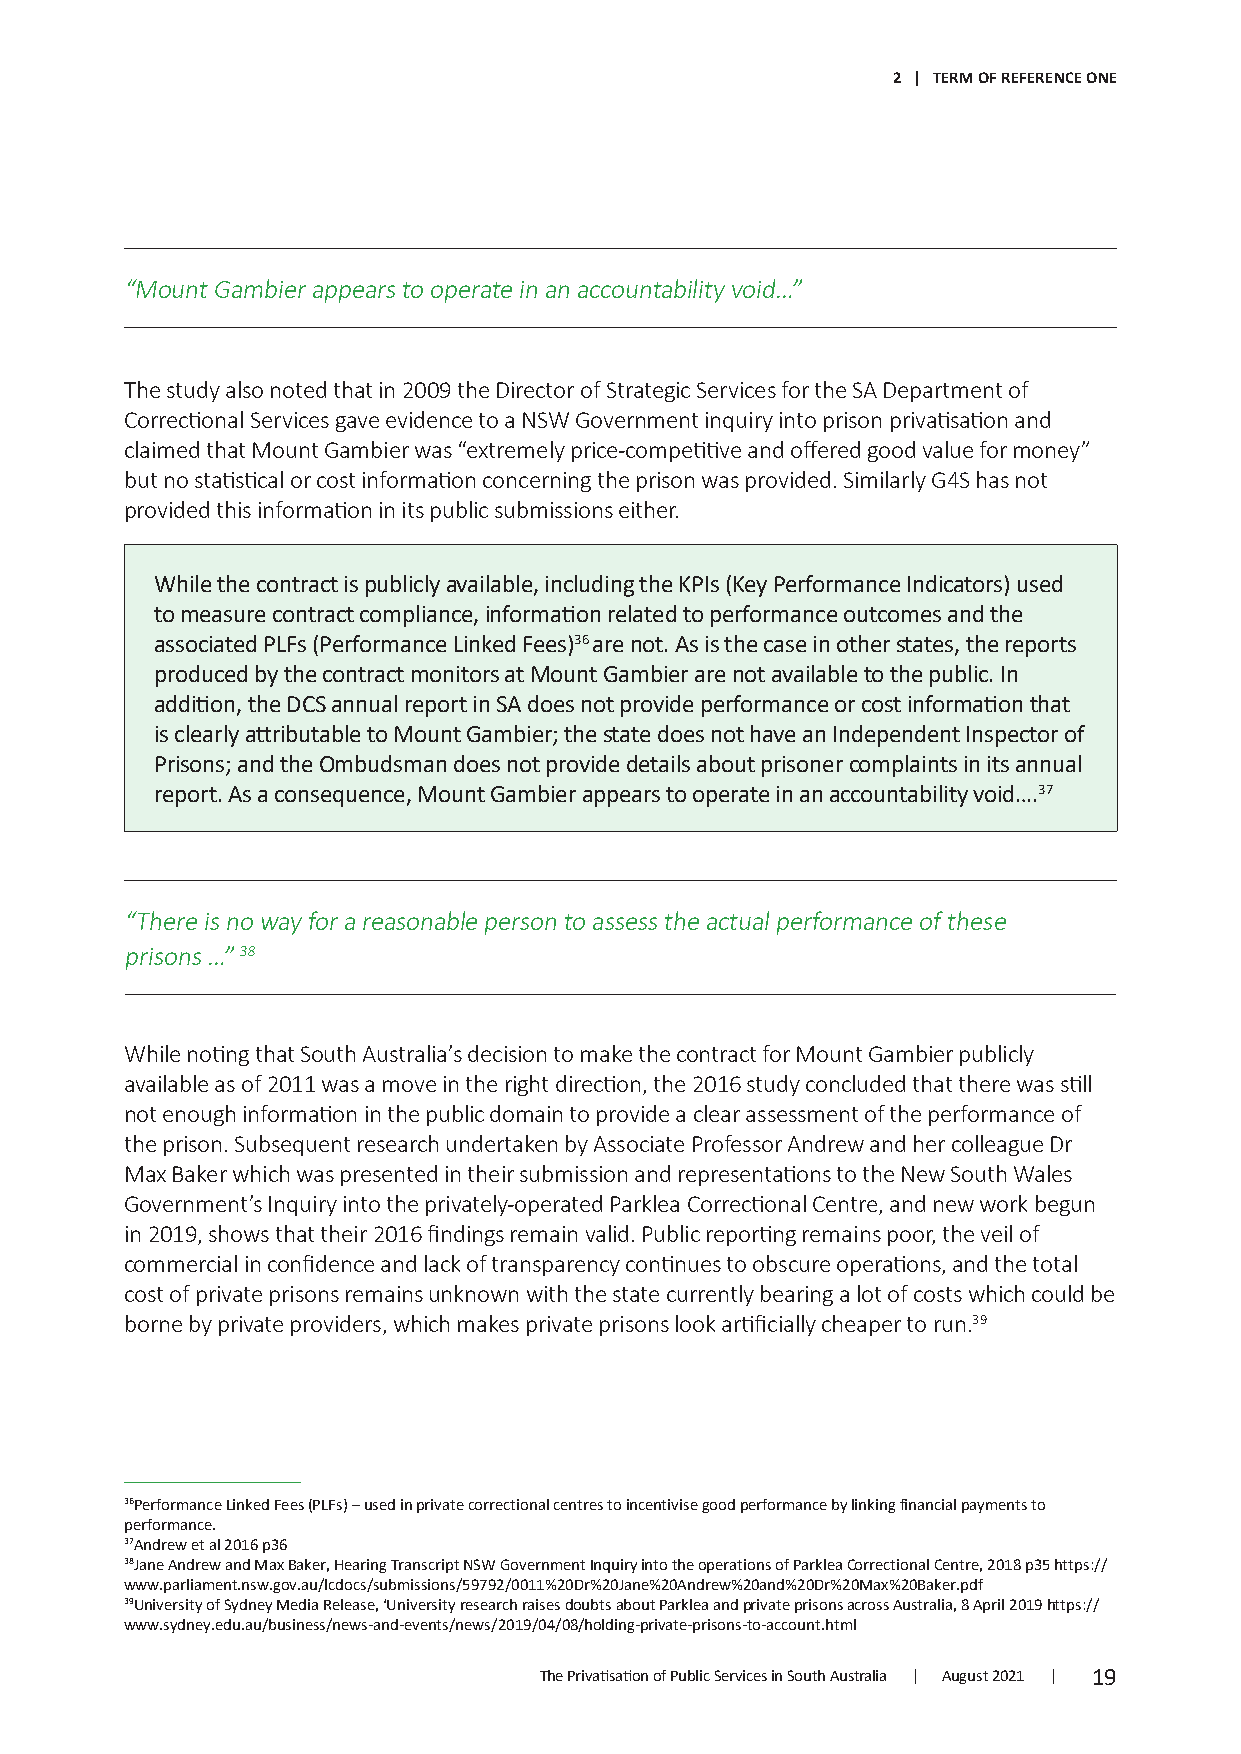
2 | TERM OF REFERENCE ONE
 “Mount Gambier appears to operate in an accountability void…”
 The study also noted that in 2009 the Director of Strategic Services for the SA Department of
 Correctional Services gave evidence to a NSW Government inquiry into prison privatisation and
 claimed that Mount Gambier was “extremely price-competitive and offered good value for money”
 but no statistical or cost information concerning the prison was provided. Similarly G4S has not
 provided this information in its public submissions either.
 While the contract is publicly available, including the KPIs (Key Performance Indicators) used
 to measure contract compliance, information related to performance outcomes and the
 associated PLFs (Performance Linked Fees)36 are not. As is the case in other states, the reports
 produced by the contract monitors at Mount Gambier are not available to the public. In
 addition, the DCS annual report in SA does not provide performance or cost information that
 is clearly attributable to Mount Gambier; the state does not have an Independent Inspector of
 Prisons; and the Ombudsman does not provide details about prisoner complaints in its annua l
 report. As a consequence, Mount Gambier appears to operate in an accountability void….37
 “There is no way for a reasonable person to assess the actual performance of these
 prisons …” 38
 While noting that South Australia’s decision to make the contract for Mount Gambier publicly
 available as of 2011 was a move in the right direction, the 2016 study concluded that there was still
 not enough information in the public domain to provide a clear assessment of the performance of
 the prison. Subsequent research undertaken by Associate Professor Andrew and her colleague Dr
 Max Baker which was presented in their submission and representations to the New South Wales
 Government’s Inquiry into the privately-operated Parklea Correctional Centre, and new work begun
 in 2019, shows that their 2016 findings remain valid. Public reporting remains poor, the veil of
 commercial in confidence and lack of transparency continues to obscure operations, and the total
 cost of private prisons remains unknown with the state currently bearing a lot of costs which could be
 borne by private providers, which makes private prisons look artificially cheaper to run.39
 36Performance Linked Fees (PLFs) – used in private correctional centres to incentivise good performance by linking financial payments to
 performance.
 37Andrew et al 2016 p36
 38Jane Andrew and Max Baker, Hearing Transcript NSW Government Inquiry into the operations of Parklea Correctional Centre, 2018 p35 https://
 www.parliament.nsw.gov.au/lcdocs/submissions/59792/0011%20Dr%20Jane%20Andrew%20and%20Dr%20Max%20Baker.pdf
 39University of Sydney Media Release, ‘University research raises doubts about Parklea and private prisons across Australia, 8 April 2019 https://
 www.sydney.edu.au/business/news-and-events/news/2019/04/08/holding-private-prisons-to-account.html
 The Privatisation of Public Services in South Australia | August 2021 | 19